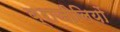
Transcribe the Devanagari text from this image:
ब्राजीलियों